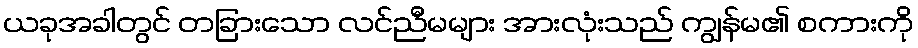
ယခုအခါတွင် တခြားသော လင်ညီမများ အားလုံးသည် ကျွန်မ၏ စကားကို